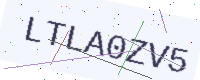
Text: LTLA0ZV5